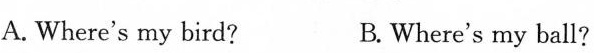
A. Where's my bird? B. Where's my ball?